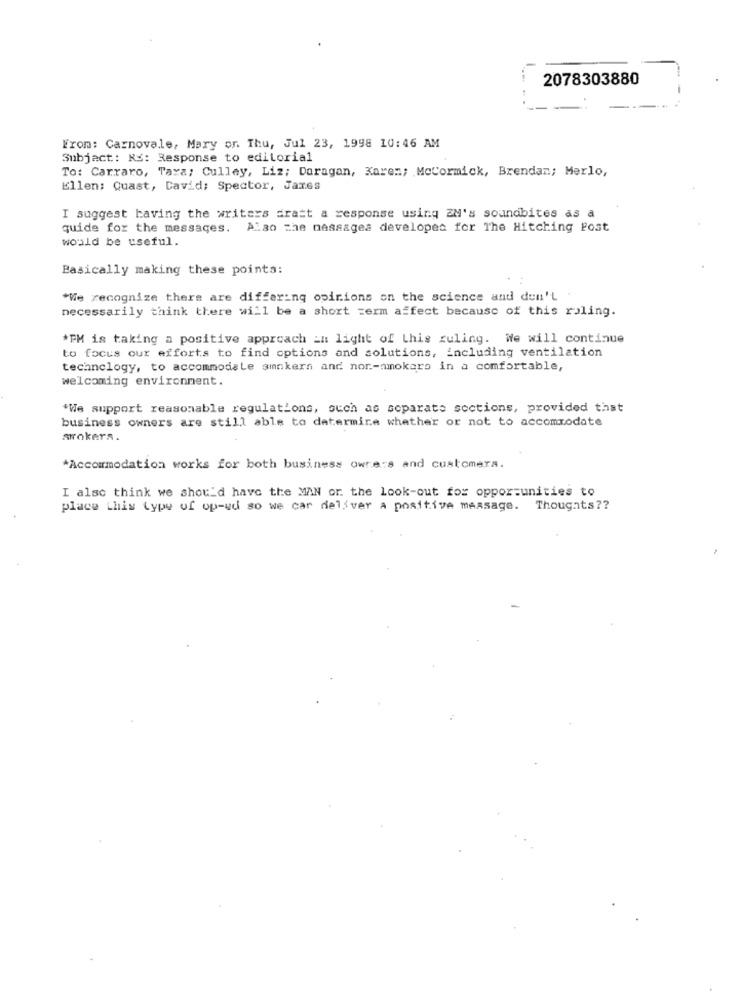
2078303880
From: Carnovale, Mary on Thu, Jul 23, 1998 10:46 AM
Subject: RE: Response to editorial
To: Carraro, Taxa; Culley, Liz; Daragan, Karen; McCormick, Brendan; Merlo,
Ellen: Quast, David; Spector, Jaxes
I suggest having the writers dratt a response using ZN's soundbites as a
quide for the messages. Also che nassagea developed for The Hitching Post
would be useful.
Basically making these points:
"We recognize there are differing opinions on the science and don't
necessarily think there will be a short term affect because of this roling.
*PM is taking a positive approach in light of this ruling. We will continue
to focus our efforts to find options and solutions, including ventilation
technology, to accommodate smokers and non-smokers in a comfortable,
welcoming environment.
"We support reasonable regulations, such as separate sections, provided that
business owners are still able to determine whether or not to accommodate
smokers.
*Accommodation works for both business owners and customera.
I also think we should have the MAN or the look-out for opportunities to
place this type of up-ud so we car deliver a positive message. Thoughts ??